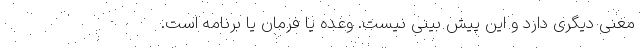
معنی دیگری دارد و این پیش بینی نیست. وعده یا فرمان یا برنامه است.